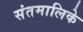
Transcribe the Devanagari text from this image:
संतमालिके